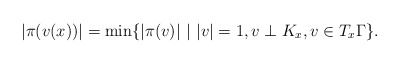
\begin{align*}|\pi(v(x))|=\min\{|\pi(v)|\,\,|\,\, |v|=1, v\perp K_x, v\in T_x\Gamma\}.\end{align*}